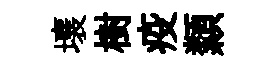
壤樹疫纇